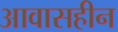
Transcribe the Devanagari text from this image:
आवासहीन